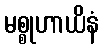
မစ္စုဟာယိနံ